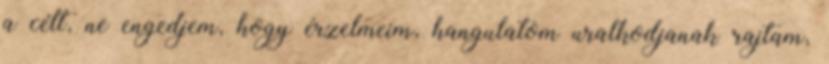
a célt, ne engedjem, hogy érzelmeim, hangulatom uralkodjanak rajtam,